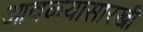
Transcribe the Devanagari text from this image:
आवळ्यासारखी